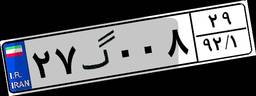
۲۷گ۰۰۸۲۹